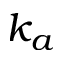
k _ { a }